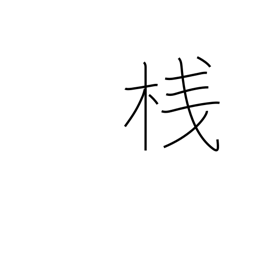
Meaning: cleat